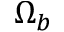
\Omega _ { b }